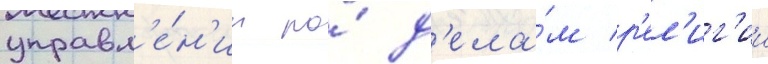
управл'е́н'ии по́ д'ела́м р'ел'иг'ии